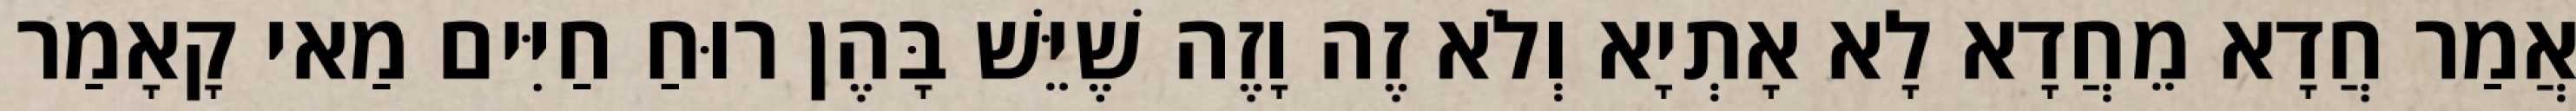
אֲמַר חֲדָא מֵחֲדָא לָא אָתְיָא וְלֹא זֶה וָזֶה שֶׁיֵּשׁ בָּהֶן רוּחַ חַיִּים מַאי קָאָמַר